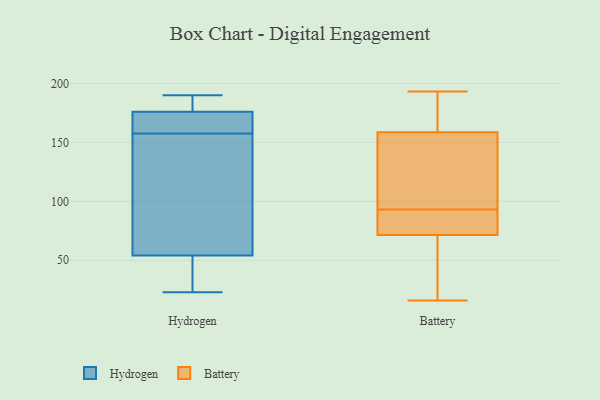
{"axis": {"x": "Net Income (USD K)", "y": "Value"}, "legend": ["Battery", "Hydrogen"], "data": [{"x": "", "y": 170, "type": "Hydrogen"}, {"x": "", "y": 68, "type": "Hydrogen"}, {"x": "", "y": 46, "type": "Hydrogen"}, {"x": "", "y": 187, "type": "Hydrogen"}, {"x": "", "y": 159, "type": "Hydrogen"}, {"x": "", "y": 176, "type": "Hydrogen"}, {"x": "", "y": 176, "type": "Hydrogen"}, {"x": "", "y": 49, "type": "Hydrogen"}, {"x": "", "y": 23, "type": "Hydrogen"}, {"x": "", "y": 54, "type": "Hydrogen"}, {"x": "", "y": 156, "type": "Hydrogen"}, {"x": "", "y": 91, "type": "Hydrogen"}, {"x": "", "y": 190, "type": "Hydrogen"}, {"x": "", "y": 184, "type": "Hydrogen"}, {"x": "", "y": 115, "type": "Battery"}, {"x": "", "y": 83, "type": "Battery"}, {"x": "", "y": 176, "type": "Battery"}, {"x": "", "y": 25, "type": "Battery"}, {"x": "", "y": 181, "type": "Battery"}, {"x": "", "y": 171, "type": "Battery"}, {"x": "", "y": 71, "type": "Battery"}, {"x": "", "y": 118, "type": "Battery"}, {"x": "", "y": 95, "type": "Battery"}, {"x": "", "y": 77, "type": "Battery"}, {"x": "", "y": 193, "type": "Battery"}, {"x": "", "y": 72, "type": "Battery"}, {"x": "", "y": 146, "type": "Battery"}, {"x": "", "y": 16, "type": "Battery"}, {"x": "", "y": 91, "type": "Battery"}, {"x": "", "y": 44, "type": "Battery"}]}